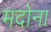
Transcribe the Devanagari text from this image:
मदोना